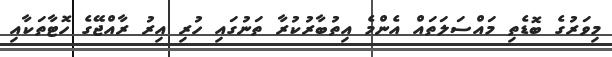
މިވަރުގެ ބޮޑެތި މައްސަލަތައް އެންމެ އިތުބާރުކުރާ ތަނުގައި ހުރި އިރު ރާއްޖޭގެ ހޮޓާތަކާއި